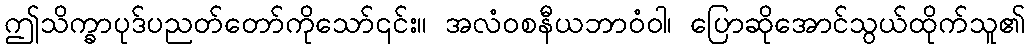
ဤသိက္ခာပုဒ်ပညတ်တော်ကိုသော်၎င်း။ အလံဝစနီယဘာဝံဝါ၊ ပြောဆိုအောင်သွယ်ထိုက်သူ၏